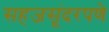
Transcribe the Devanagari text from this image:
सहजसूंदरपणे